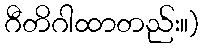
ဂီတိဂါထာတည်း။)